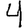
Digit: 4